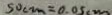
5 0 c m = 0 . 0 5 c m